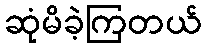
ဆုံမိခဲ့ကြတယ်